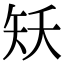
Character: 矨